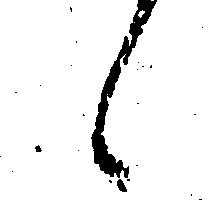
候